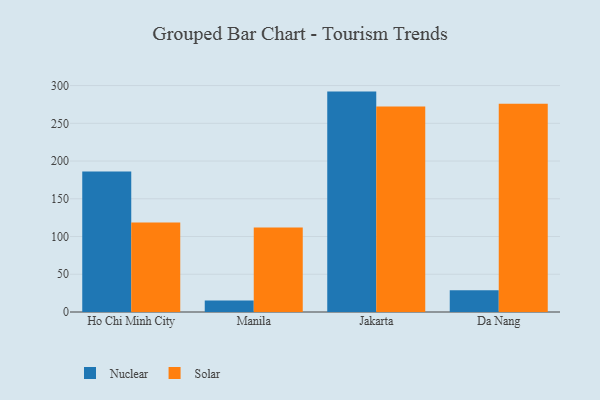
{"axis": {"x": "City", "y": "Population (Million)"}, "legend": ["Nuclear", "Solar"], "data": [{"x": "Ho Chi Minh City", "y": 186.2, "type": "Nuclear"}, {"x": "Ho Chi Minh City", "y": 118.7, "type": "Solar"}, {"x": "Manila", "y": 15.4, "type": "Nuclear"}, {"x": "Manila", "y": 112.0, "type": "Solar"}, {"x": "Jakarta", "y": 292.0, "type": "Nuclear"}, {"x": "Jakarta", "y": 272.3, "type": "Solar"}, {"x": "Da Nang", "y": 28.9, "type": "Nuclear"}, {"x": "Da Nang", "y": 276.0, "type": "Solar"}]}